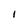
Character: I